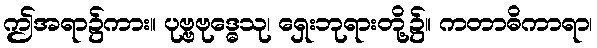
ဤအရာ၌ကား။ ပုဗ္ဗဗုဒ္ဓေသု၊ ရှေးဘုရားတို့၌။ ကတာဓိကာရာ၊